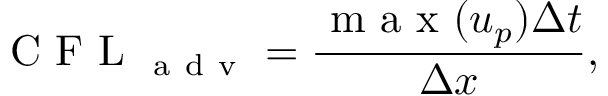
\mathrm { ~ C ~ F ~ L ~ } _ { \mathrm { ~ a ~ d ~ v ~ } } = \frac { \mathrm { ~ m ~ a ~ x ~ } ( u _ { p } ) \Delta t } { \Delta x } ,